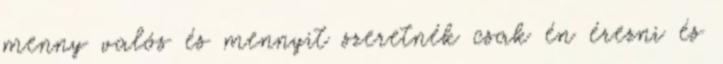
menny valós és mennyit szeretnék csak én érezni és